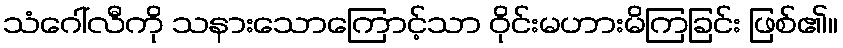
သံဂေါ်လီကို သနားသောကြောင့်သာ ဝိုင်းမဟားမိကြခြင်း ဖြစ်၏။